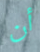
أن